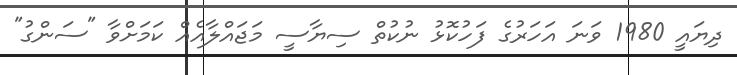
ދިޔައީ 1980 ވަނަ އަހަރުގެ ފަހުކޮޅު ނުކުތް ސިޔާސީ މަޖައްލާއެއް ކަމަށްވާ "ސަންގު"